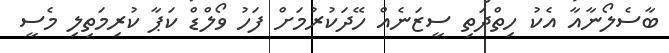
ބާސެލޯނާއާ އެކު ހިތްދަތި ސީޒަނެއް ހޭދަކުރުމަށް ފަހު ވޯލްޑް ކަޕާ ކުރިމަތިލި މެސީ